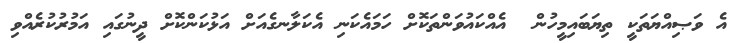
އެ ވަޞިއްޔަތަކީ ތިޔަބައިމީހުން  އެއްކައުވަންތަކޮށް ހަމައެކަނި އެކަލާނގެއަށް އަޅުކަންކޮށް ދީނުގައި އަމުރުކުރެއްވި